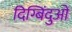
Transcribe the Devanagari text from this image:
दिग्बिंदुओं